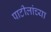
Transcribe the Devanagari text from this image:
पाटीलांच्या